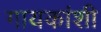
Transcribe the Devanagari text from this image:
गायकांशी